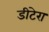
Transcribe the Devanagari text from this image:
डीटेरा